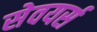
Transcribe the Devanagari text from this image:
सेवयर्स